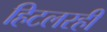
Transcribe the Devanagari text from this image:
हिटलरही